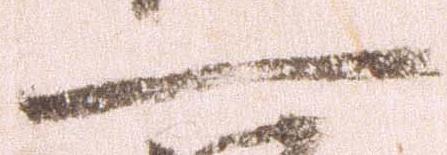
一